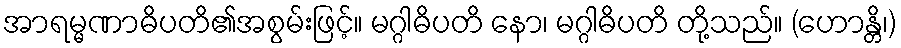
အာရမ္မဏာဓိပတိ၏အစွမ်းဖြင့်။ မဂ္ဂါဓိပတိ နော၊ မဂ္ဂါဓိပတိ တို့သည်။ (ဟောန္တိ၊)